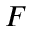
F